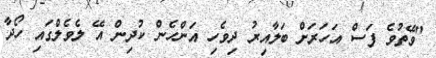
"ވޭތުވެ ފަސް އަހަރަށް ބަލާއިރު ދިވެހި އަންހެން ކުދިން އޭ ލެވެލްގައި ހޯދާ